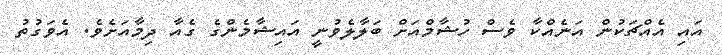
އައި އެއްޗަކުން އަނެއްކާ ވެސް ހުޝާމްއަށް ބަލާލެވުނީ އައިޝާމެންގެ ގެއާ ދިމާއަށެވެ. އެވަގުތު